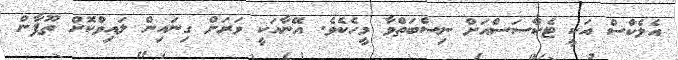
އެލެކްސް އަކީ ޓެކްސަސްއަށް ނިސްބަތްވާ މީހެކެވެ. އޭނާއަކީ ވަރަށް ގިނައިން ލައިވްކޮށް ތޫފާން